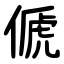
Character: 傂